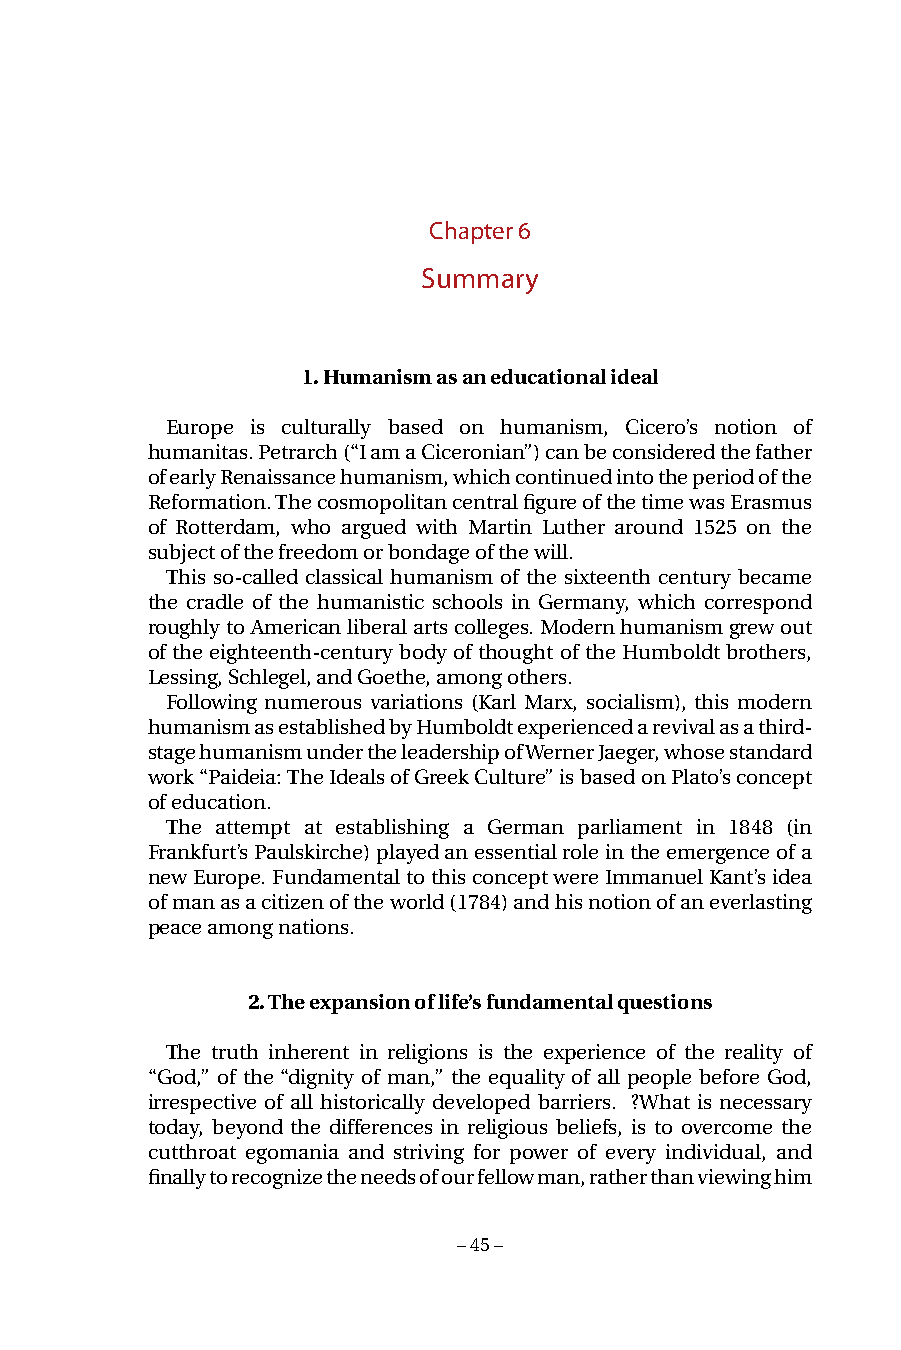
Chapter 6
 Summary
 1. Humanism as an educational ideal
 Europe is culturally based on humanism, Cicero’s notion of
 humanitas. Petrarch (“I am a Ciceronian”) can be considered the father
 of early Renaissance humanism, which continued into the period of the
 Reformation. The cosmopolitan central figure of the time was Erasmus
 of Rotterdam, who argued with Martin Luther around 1525 on the
 subject of the freedom or bondage of the will.
 This so-called classical humanism of the sixteenth century became
 the cradle of the humanistic schools in Germany, which correspond
 roughly to American liberal arts colleges. Modern humanism grew out
 of the eighteenth-century body of thought of the Humboldt brothers,
 Lessing, Schlegel, and Goethe, among others.
 Following numerous variations (Karl Marx, socialism), this modern
 humanism as established by Humboldt experienced a revival as a third-
 stage humanism under the leadership of Werner Jaeger, whose standard
 work “Paideia: The Ideals of Greek Culture” is based on Plato’s concept
 of education.
 The attempt at establishing a German parliament in 1848 (in
 Frankfurt’s Paulskirche) played an essential role in the emergence of a
 new Europe. Fundamental to this concept were Immanuel Kant’s idea
 of man as a citizen of the world (1784) and his notion of an everlasting
 peace among nations.
 2. The expansion of life’s fundamental questions
 The truth inherent in religions is the experience of the reality of
 “God,” of the “dignity of man,” the equality of all people before God,
 irrespective of all historically developed barriers. ?What is necessary
 today, beyond the differences in religious beliefs, is to overcome the
 cutthroat egomania and striving for power of every individual, and
 finally to recognize the needs of our fellow man, rather than viewing him
 – 45 –